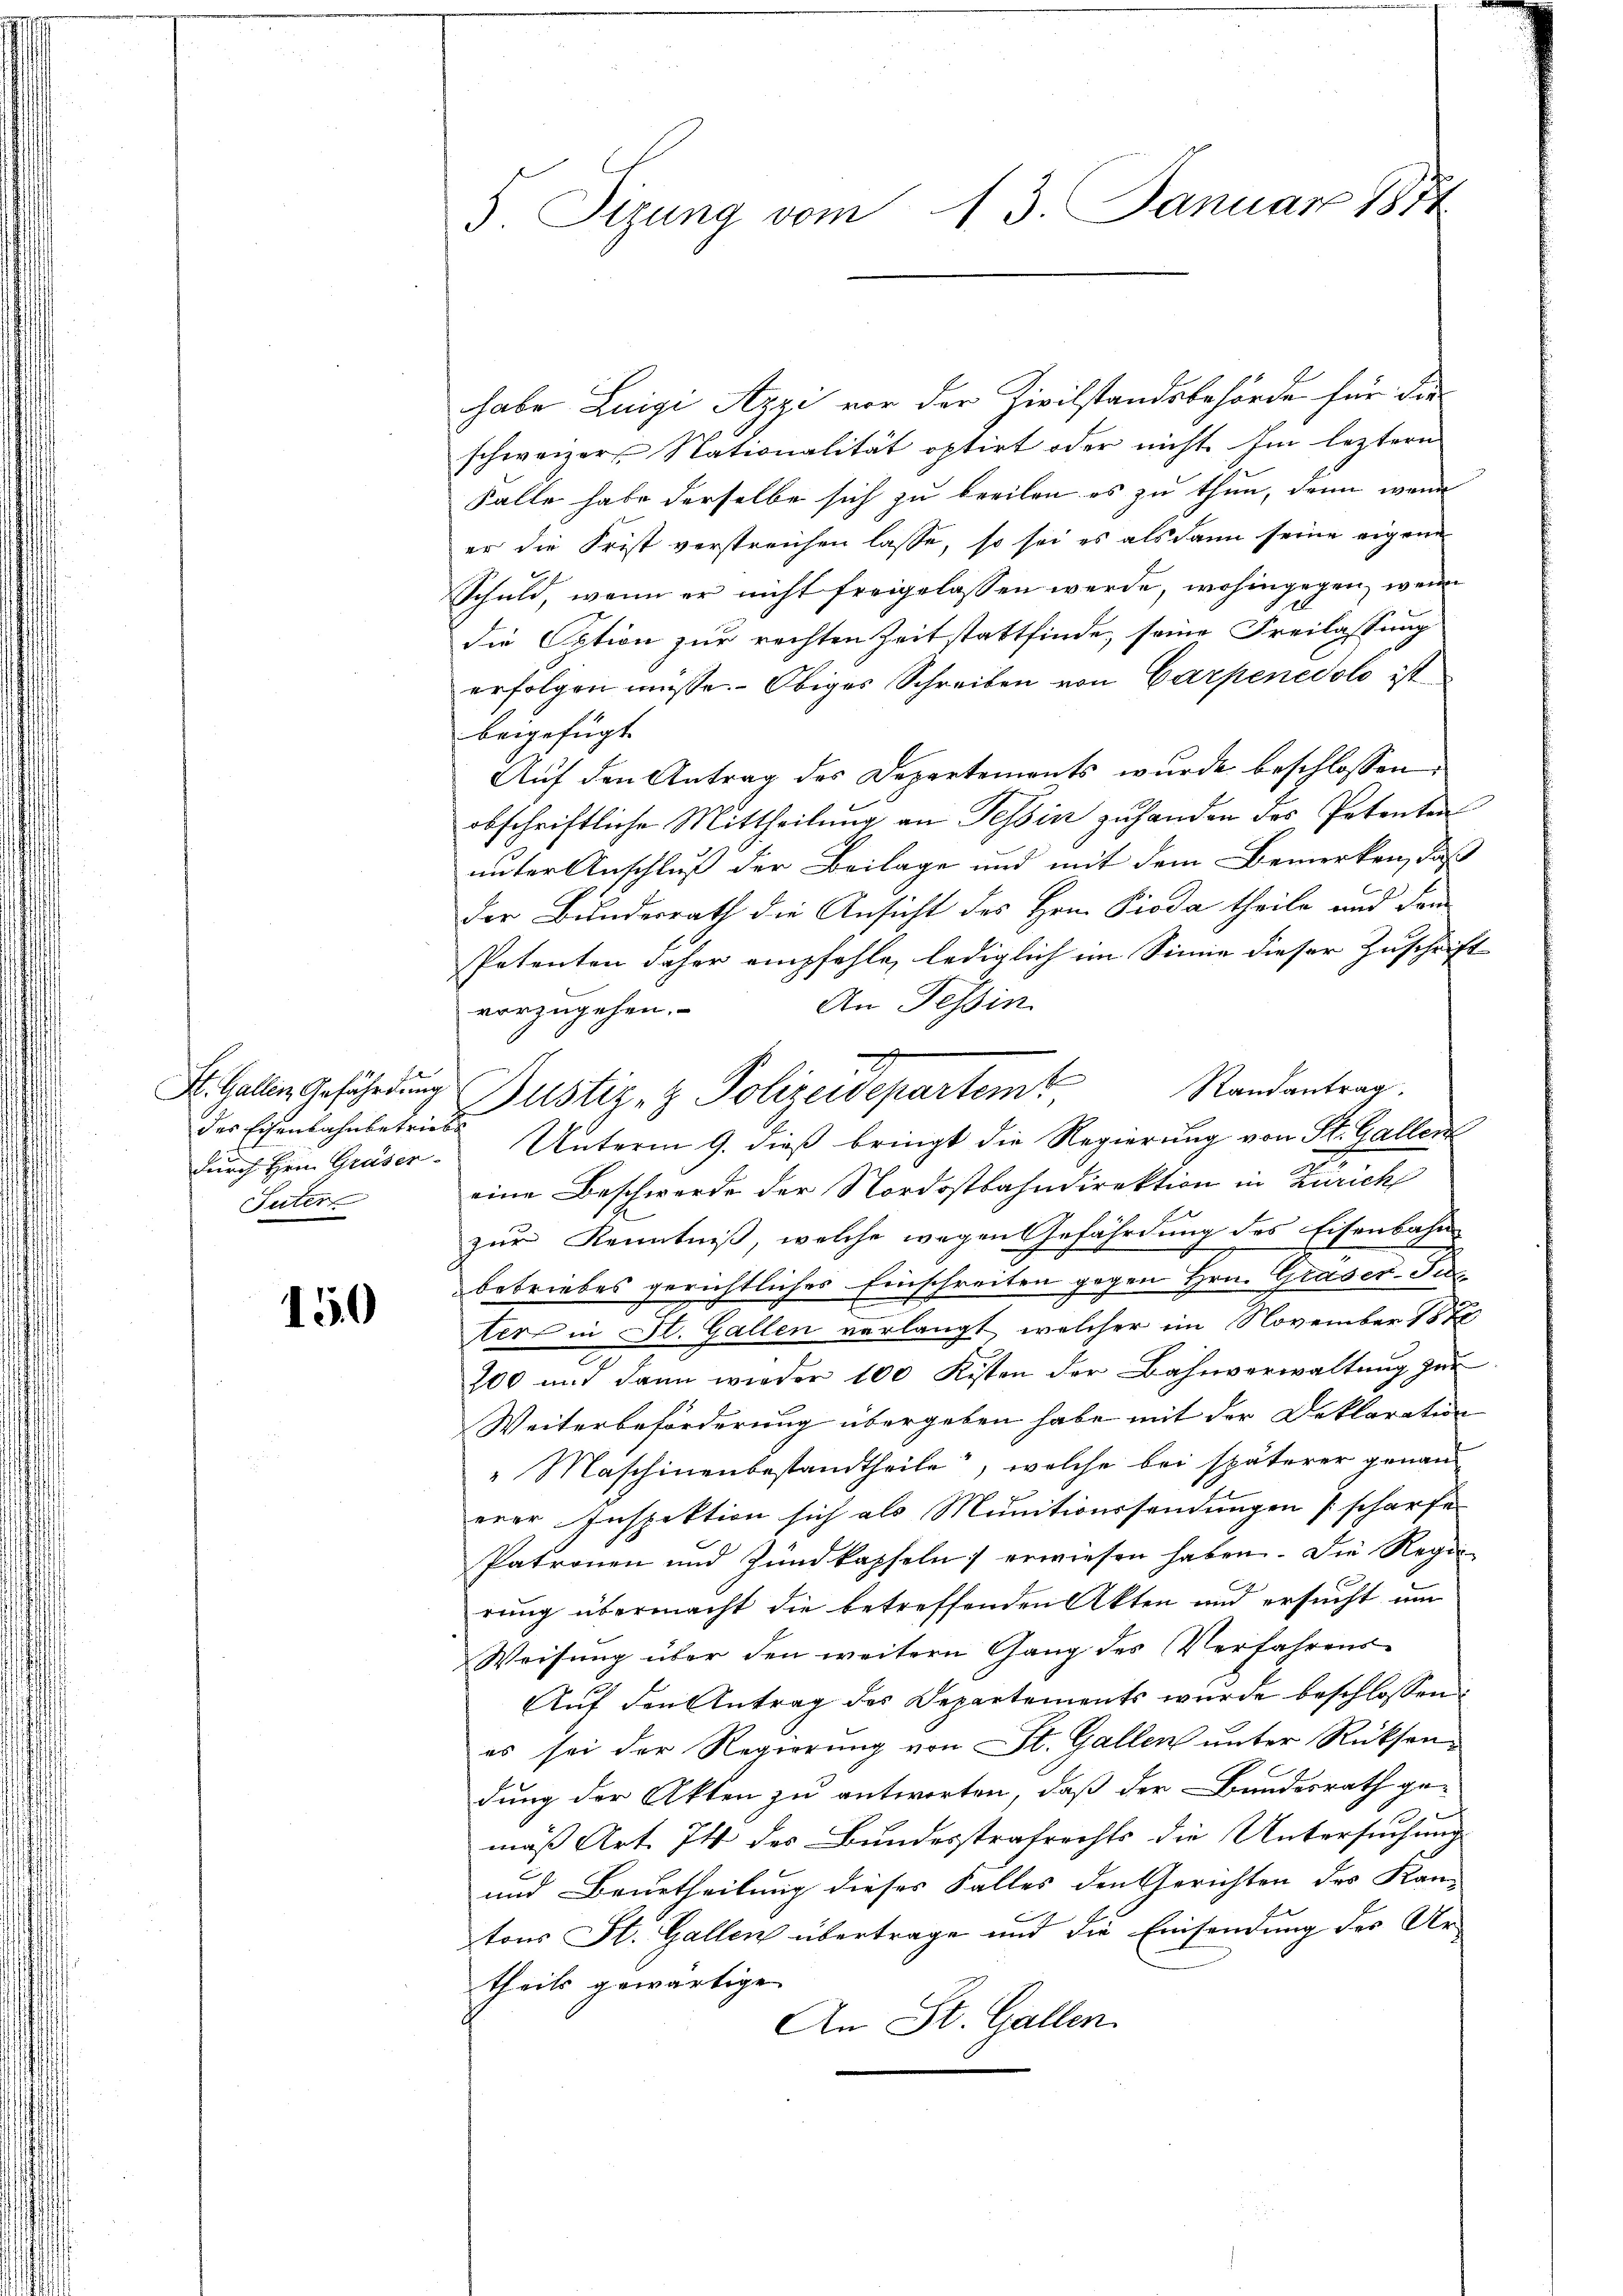
des Eisenbahnbetrieb
Puter

150

5. Sizung vom 13. Januar 1854

habe Luigi Azzi vor der Zivilstandsbehörde für die
schweizer Nationalität optirt oder nicht. Im leztern
Falle habe derselbe sich zu breiten es zu thun, denn wenn
er die Frist verstreichen lasse, so sei es als dann seine eigene
Schuld, wenn er nicht freigelassen werde, wohingegen, wenn
die Option zur rechten Zeit stattfinde, seine Freilassung
erfolgen müsse. Obiges Schreiben von Carpenedolo ist
beigefügt
Auf den Antrag des Departements wurde beschlossen:
obschriftliche Mittheilung an Tessin zuhanden das Petenten
unter Anschluß der Beilage und mit dem Bemerken, daß
Der Bundesrath die Ansicht des Hrn. Pioda theile und dan
Petenten daher empfehle, lediglich im Sinne dieser Zuschrift
An Tessin.
vorzugehen.
eine Beschwerde der Nordostbahndirektion in Zürich
zur Kenntniß, welche wegen Gefährdung des Eisenbahn
betriebes gerichtliches Einschreiten gegen Hrn. Grader-Sul-
ter in St. Gallen verlangt, welcher im November 187
200 und dann wieder 100 Kisten der Bahnverwaltŭng zŭr
Weiterbeförderung übergeben habe mit der Deklaration
"Maschinenbestandtheile, welche bei späterer genau
erer Inspektion sich als Munitionssendungen scharfe
Patronen und Zundkapfeln erwiesen haben. Die Regie-
rung übermacht die betreffenden Akten und ersucht um
Weisung über den weitern Gang des Verfahrens¬
Auf den Antrag des Departements wurde beschlossen:
es sei der Regierung von St. Gallen unter Rücksendung der Akten zu antworten, daß der Bundesrath gemäß Art. Ist des Bundesstrafrechts die Untersuchung
und Beurtheilung dieser Falles den Gerichten des Kan-
tons St. Gallen übertrage und die Einsendung des Ur-
theils gewärtige
An St. Gallen.

2
St. Gallen Gefährdung Justiz- & Polizeidepartem Randantrag.
durch Hrn. Grüser Unterm 9. dieß bringt die Regierung von St. Gallen